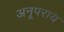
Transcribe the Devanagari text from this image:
अनूपराय